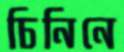
চিনিনে